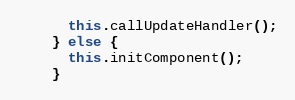
Language: JavaScript
      this.callUpdateHandler();
    } else {
      this.initComponent();
    }